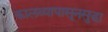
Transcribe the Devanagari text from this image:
कालव्यापासूनसुद्धा